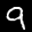
Label: 9